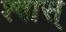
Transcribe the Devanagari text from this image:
श्वास्